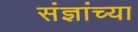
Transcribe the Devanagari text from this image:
संज्ञांच्या